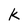
Character: k